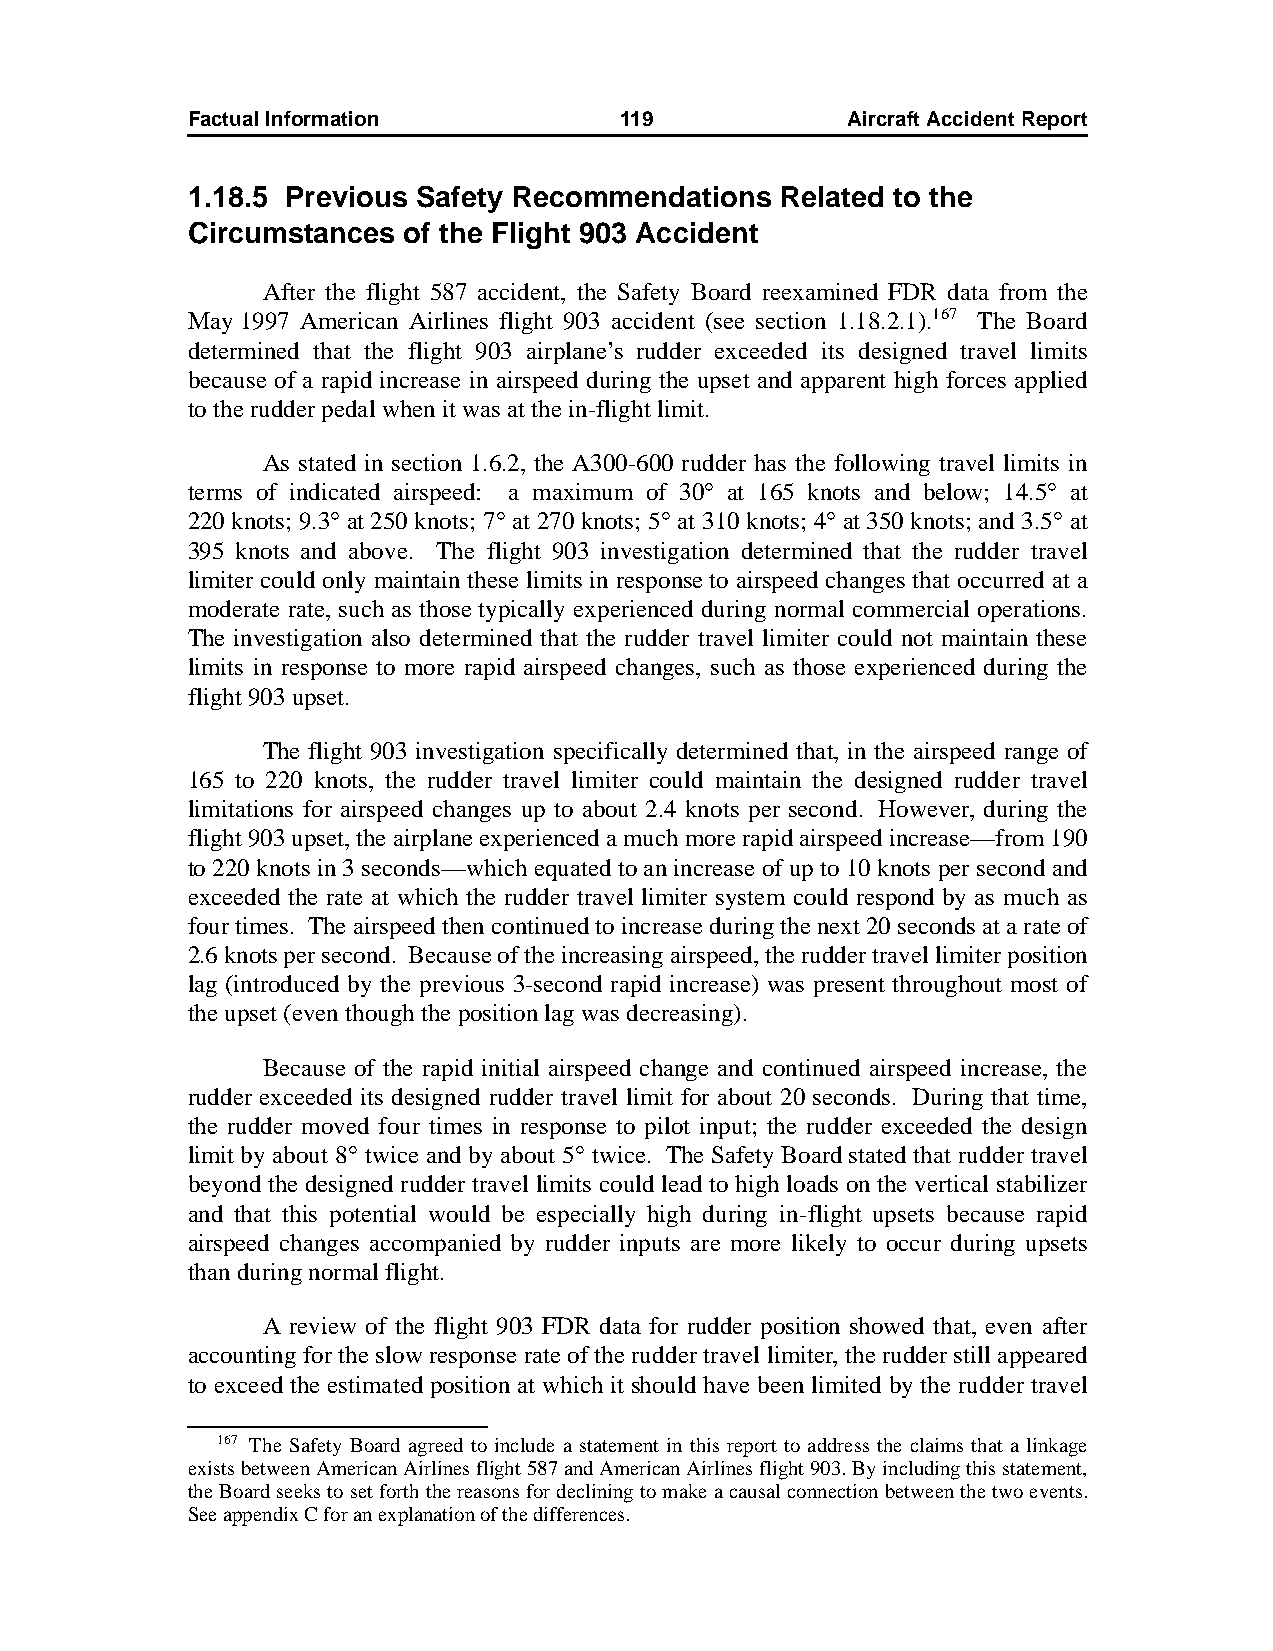
Factual Information          119            AircraftAccidentReport
 1.18.5 Previous Safety Recommendations  Related to the
 Circumstances  of the Flight 903 Accident
 After the flight 587 accident, the Safety Board reexamined FDR data from the
 May1997 American Airlines flight 903 accident (see section 1.18.2.1).167 The Board
 determined that the flight 903 airplane’s rudder exceeded its designed travel limits
 because of a rapid increase in airspeed during the upset and apparent high forces applied
 to the rudder pedal when it was at the in-flight limit.
 As stated in section 1.6.2, the A300-600 rudder has the following travel limits in
 terms of indicated airspeed: a maximum of 30° at 165 knots and below; 14.5° at
 220knots; 9.3° at 250 knots; 7° at 270 knots; 5° at 310 knots; 4° at 350 knots; and 3.5° at
 395 knots and above. The flight 903 investigation determined that the rudder travel
 limiter could only maintain these limits in response to airspeed changes that occurred at a
 moderate rate, such as those typically experienced during normal commercial operations.
 The investigation also determined that the rudder travel limiter could not maintain these
 limits in response to more rapid airspeed changes, such as those experienced during the
 flight 903 upset.
 The flight 903 investigation specifically determined that, in the airspeed range of
 165 to 220 knots, the rudder travel limiter could maintain the designed rudder travel
 limitations for airspeed changes up to about 2.4 knots per second. However, during the
 flight 903 upset, the airplane experienced a much more rapid airspeed increase—from 190
 to 220 knots in 3 seconds—which equated to an increase of up to 10 knots per second and
 exceeded the rate at which the rudder travel limiter system could respond by as much as
 four times. The airspeed then continued to increase during the next 20 seconds at a rate of
 2.6 knots per second. Because of the increasing airspeed, the rudder travel limiter position
 lag (introduced by the previous 3-second rapid increase) was present throughout most of
 the upset (even though the position lag was decreasing).
 Because of the rapid initial airspeed change and continued airspeed increase, the
 rudder exceeded its designed rudder travel limit for about 20 seconds. During that time,
 the rudder moved four times in response to pilot input; the rudder exceeded the design
 limit by about 8° twice and by about 5° twice. The Safety Board stated that rudder travel
 beyond the designed rudder travel limits could lead to high loads on the vertical stabilizer
 and that this potential would be especially high during in-flight upsets because rapid
 airspeed changes accompanied by rudder inputs are more likely to occur during upsets
 than during normal flight.
 A review of the flight 903 FDR data for rudder position showed that, even after
 accounting for the slow response rate of the rudder travel limiter, the rudder still appeared
 to exceed the estimated position at which it should have been limited by the rudder travel
 167 The Safety Board agreed to include a statement in this report to address the claims that a linkage
 exists between American Airlines flight 587 and American Airlines flight 903. By including this statement,
 the Board seeks to set forth the reasons for declining to make a causal connection between the two events.
 See appendix C for an explanation of the differences.